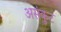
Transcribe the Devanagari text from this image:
असंकुट